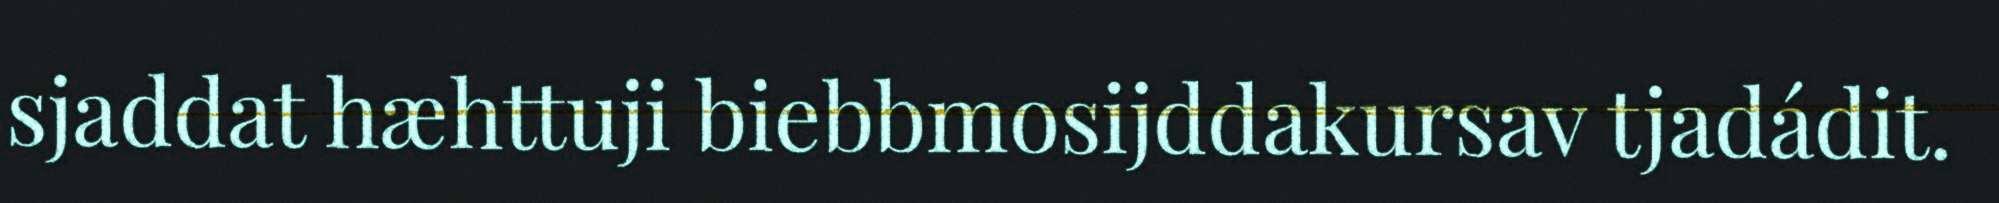
sjaddat hæhttuji biebbmosijddakursav tjadádit.